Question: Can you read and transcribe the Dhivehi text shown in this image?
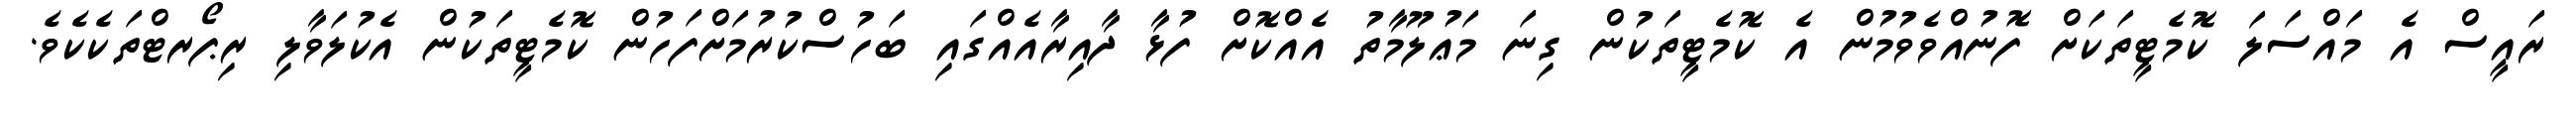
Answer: ރައީސް އެ މައްސަލަ ކޮމެޓީތަކަށް ފޮނުއްވެވުމުން އެ ކޮމެޓީތަކުން ގިނަ މަޢުލޫމާތު އެއްކޮށް ފުޅާ ދާއިރާއެއްގައި ބަހުސްކުރުމަށްފަހުން ކޮމެޓީތަކުން އެކުލަވާލި ރިޕޯރޓްތަކެކެވެ.